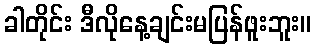
ခါတိုင်း ဒီလိုနေ့ချင်းမပြန်ဖူးဘူး။